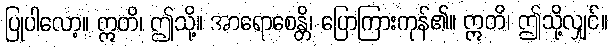
ပြုပါလော့။ ဣတိ၊ ဤသို့။ အာရောစေန္တိ၊ ပြောကြားကုန်၏။ ဣတိ၊ ဤသို့လျှင်။